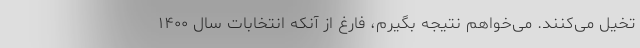
تخیل می‌کنند. می‌خواهم نتیجه بگیرم، فارغ از آنکه انتخابات سال ۱۴۰۰